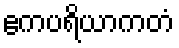
ဧကပရိယာကတံ